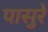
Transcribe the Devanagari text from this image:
पासुरे